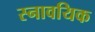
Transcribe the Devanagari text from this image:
स्नावयिक